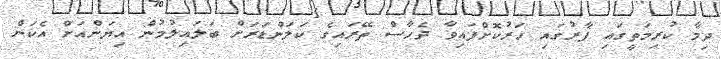
ދިމާ ކުރިމަތީގައި ފާރުގައި ހަރުކޮށްފައިވާ ދެހާސް ތޭރައިގެ ކަލަންޑަރަށް ބަލައިލުމުން އިޔަންއަށް އެކަން